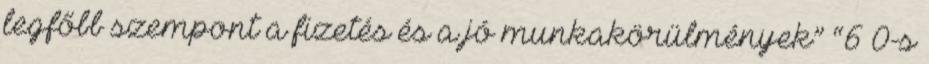
legfőbb szempont a fizetés és a jó munkakörülmények” “6–0-s